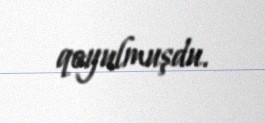
qoyulmuşdu.